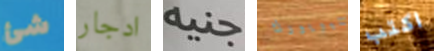
شئ ادجار جنيه بنيويورك اكتب